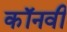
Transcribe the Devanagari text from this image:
कॉनवी